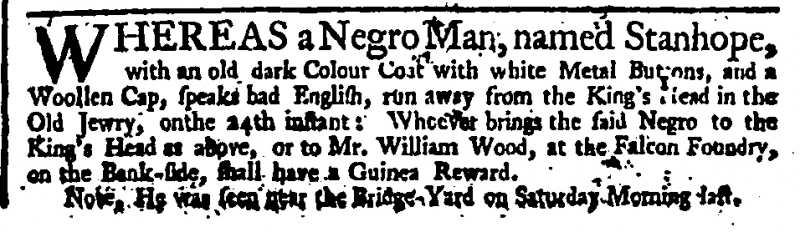
Daily Advertiser, 27 February 1744 (England)
WHEREAS a Negro Man, named Stanhope, with an old dark Colour Coat with white Metal Buttons, and a Woollen Cap, speaks bad English, run away from the King’s Head in the Old Jewry, onthe 24th instant: Whoever brings the said Negro to the King’s Head as above, or to Mr. William Wood, at the Falcon Foundry, on the Bank-side, shall have a Guinea Reward.  Note, He was seen near the Bridge Yard on Saturday Morning last.